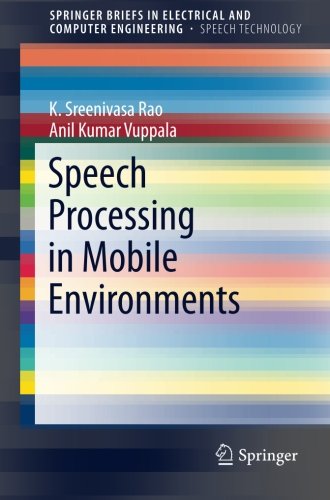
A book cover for Speech Processing in Mobile Environments (SpringerBriefs in Electrical and Computer Engineering); K. Sreenivasa Rao; Computers & Technology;